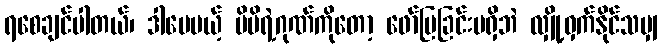
ရစေချင်ပါတယ်၊ ဒါပေမယ့် မိမိရဲ့ဂုဏ်ကိုတော့ ဖော်ပြခြင်းမရှိဘဲ လျှို့ဝှက်နိုင်သမျှ